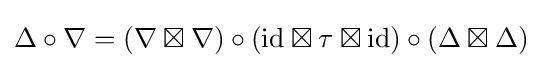
\Delta \circ \nabla =(\nabla \boxtimes \nabla )\circ (\mathrm {id} \boxtimes \tau \boxtimes \mathrm {id} )\circ (\Delta \boxtimes \Delta )